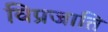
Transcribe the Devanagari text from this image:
विप्रजाति